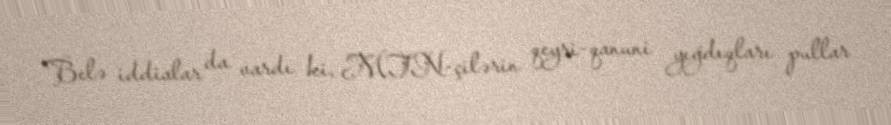
Belə iddialar da vardı ki, MTN-çilərin qeyri-qanuni yığdıqları pullar